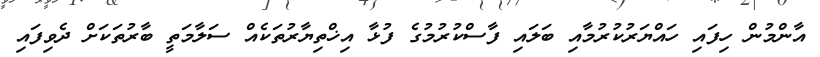
އާންމުން ހިފައި ހައްޔަރުކުރުމާއި ބަލައި ފާސްކުރުމުގެ ފުޅާ އިޚްތިޔާރުތަކެއް ސަލާމަތީ ބާރުތަކަށް ދެވިފައި